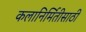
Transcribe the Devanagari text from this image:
कलानिर्मितीसाठी